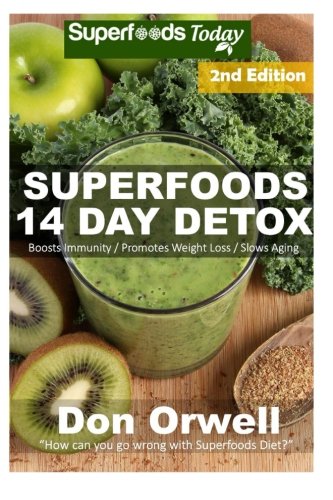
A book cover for Superfoods 14 Days Detox: Enjoy Weight Maintenance Diet, Wheat Free Diet, Whole Foods Diet, Gluten Free Diet, Antioxidants & Phytochemicals, Healthy ... diet plan- detox diet foods) (Volume 37); Don Orwell; Health, Fitness & Dieting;